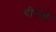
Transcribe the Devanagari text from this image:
वीराचे